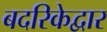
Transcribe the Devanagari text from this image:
बदरिकेद्वार